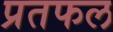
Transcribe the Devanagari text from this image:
प्रतफल